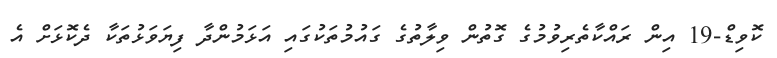
ކޮވިޑް-19 އިން ރައްކާތެރިވުމުގެ ގޮތުން ވިލާތުގެ ގައުމުތަކުގައި އަޅަމުންދާ ފިޔަވަޅުތަކާ ދެކޮޅަށް އެ